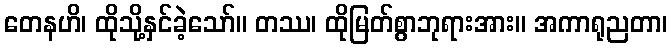
တေနဟိ၊ ထိုသို့နှင်ခဲ့သော်။ တဿ၊ ထိုမြတ်စွာဘုရားအား။ အကာရုညတာ၊